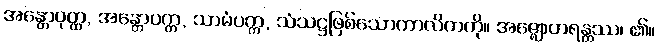
အန္တောဝုတ္ထ, အန္တောပက္က, သာမံပက္က, သံသဋ္ဌဖြစ်သောကာလိကကို။ အဇ္ဈောဟရန္တဿ၊ ၏။